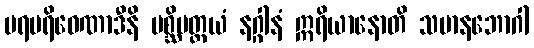
ပရပရိဝေဏာဒီနိ ပစ္ဆိမတ္တယံ နဂ္ဂါနံ ဣရိယာနောတိ သမာနဘောဂါ